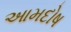
આમદોષ